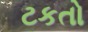
ટકતો